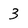
Character: 3